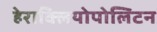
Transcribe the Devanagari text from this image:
हेराक्लियोपोलिटन